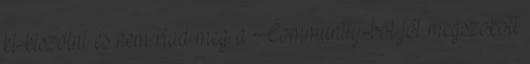
ki-kiszólni és nem riad meg a Community-ből jól megszokott